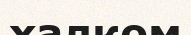
халком